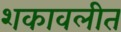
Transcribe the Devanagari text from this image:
शकावलीत